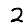
Digit: 2